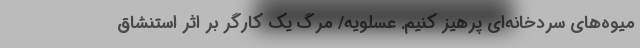
میوه‌های سردخانه‌ای پرهیز کنیم. عسلویه/ مرگ یک کارگر بر اثر استنشاق